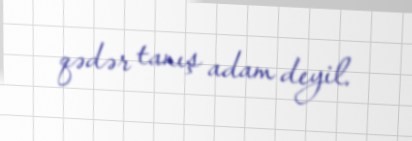
qədər tanış adam deyil.